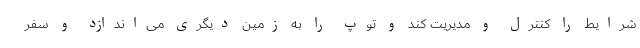
شرایط را کنترل و مدیریت کند و توپ را به زمین دیگری می‌اندازد و سفر